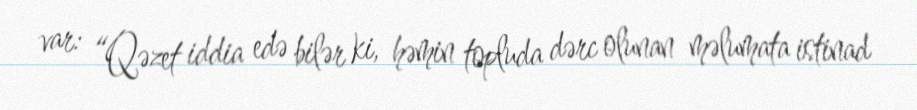
var: “Qəzet iddia edə bilər ki, həmin topluda dərc olunan məlumata istinad